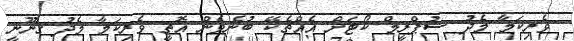
ވެރިކަމާ މެދު ސުޕްރީމް ކޯޓަށް އެއްޗެކޭ ބުނެވެން އޮތީ ވެރިކަމާ މެދު ގާނޫނީ